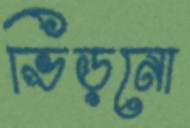
ভিড়নো